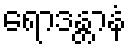
ရောဒန္တာနံ